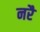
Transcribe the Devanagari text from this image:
नरै